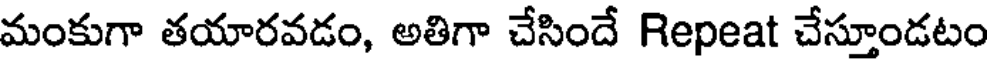
మంకుగా తయారవడం, అతిగా చేసిందే Repeat చేస్తూండటం